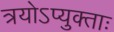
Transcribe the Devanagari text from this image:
त्रयोऽप्युक्ताः